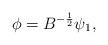
LaTeX: \begin{align*} \phi=B^{-\frac{1}{2}}\psi_1,\end{align*}